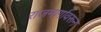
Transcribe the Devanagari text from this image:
राजमार्गावरून